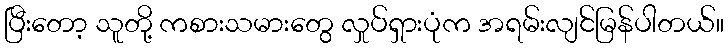
ပြီးတော့ သူတို့ ကစားသမားတွေ လှုပ်ရှားပုံက အရမ်းလျင်မြန်ပါတယ်။